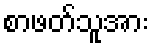
စာဖတ်သူအား